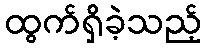
ထွက်ရှိခဲ့သည့်